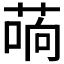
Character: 𰱣